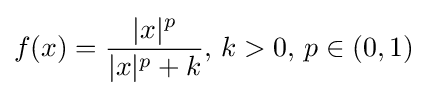
f(x)={\frac {|x|^{p}}{|x|^{p}+k}},\,k>0,\,p\in (0,1)